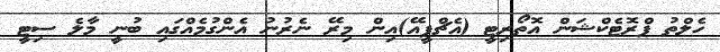
ހެލްތު ޕްރޮޓެކްޝަން އޮތޯރިޓީ (އެޗްޕީއޭ)އިން މިރޭ ނެރުނު އެންގުމެއްގައި ބުނީ މާލެ ސިޓީ